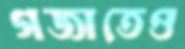
গজাতেও